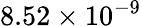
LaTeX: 8.52\times 10^{-9}